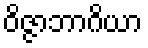
ဝိဇ္ဇာဘာဂိယာ